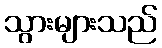
သွားများသည်